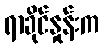
ရာခိုင်နှုန်းက